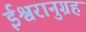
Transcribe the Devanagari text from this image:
ईश्वरानुग्रह